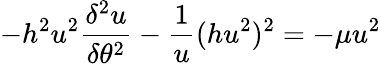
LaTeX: -h^{2}u^{2}{\frac{\delta^{2}u}{\delta\theta^{2}}}-{\frac{1}{u}}(hu^{2})^{2}=-\mu u^{2}